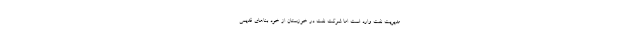
مدیریتِ نفت وارد است اما شرکتِ نفت در خوزستان از خود بناهای قدیمی